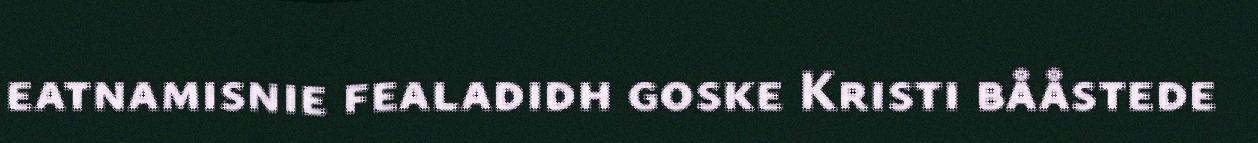
eatnamisnie fealadidh goske Kristi bååstede